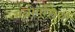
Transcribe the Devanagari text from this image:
मनोवृत्तियां